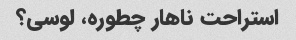
استراحت ناهار چطوره، لوسی؟